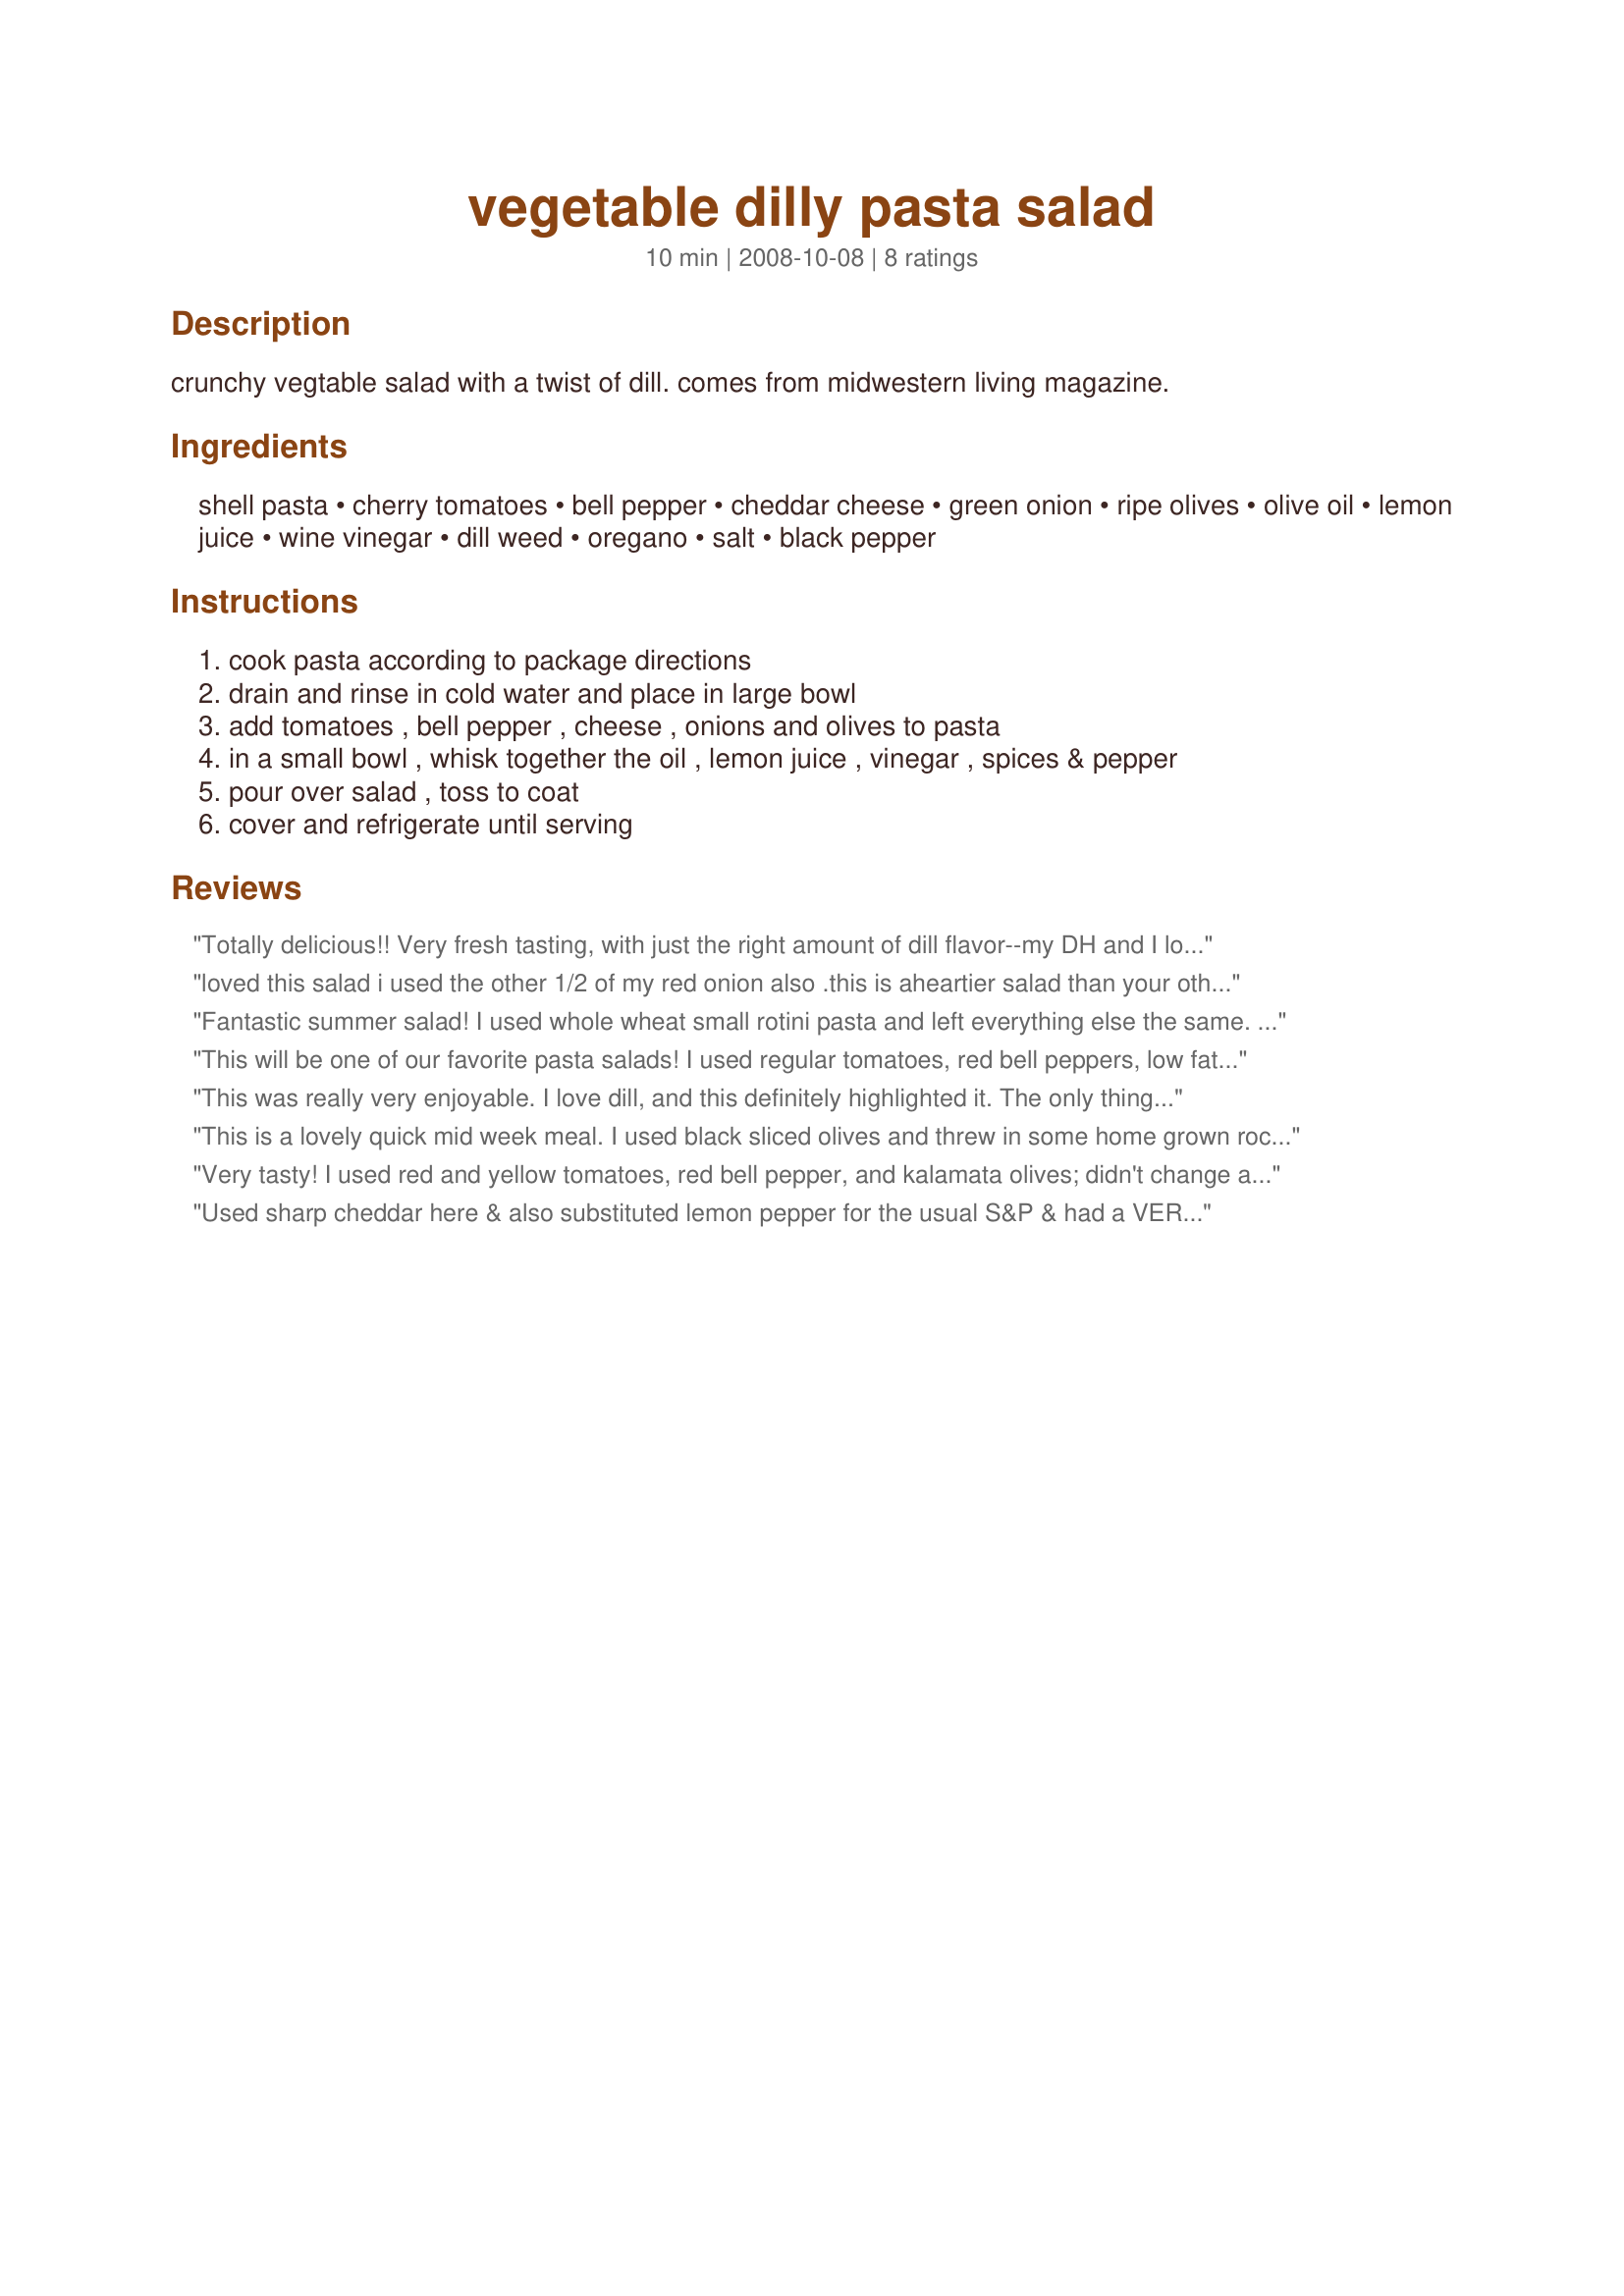
vegetable dilly pasta salad
Preparation time: 10 minutes

crunchy vegtable salad with a twist of dill. comes from midwestern living magazine.

Ingredients:
shell pasta, cherry tomatoes, bell pepper, cheddar cheese, green onion, ripe olives, olive oil, lemon juice, wine vinegar, dill weed, oregano, salt, black pepper

Steps:
cook pasta according to package directions
drain and rinse in cold water and place in large bowl
add tomatoes , bell pepper , cheese , onions and olives to pasta
in a small bowl , whisk together the oil , lemon juice , vinegar , spices & pepper
pour over salad , toss to coat
cover and refrigerate until serving

Reviews:
Totally delicious!! Very fresh tasting, with just the right amount of dill flavor--my DH and I loved this pasta salad! I scaled the recipe down to 2 servings; and used whole wheat elbow macaroni, red bell pepper, reduced-fat sharp cheddar cheese, kalamata olives, white vinegar, and lemon pepper. Perfect! I've been looking for recipes that include some of the seasonings we enjoy, but don't eat very often (like dill weed)--and this one is definitely a keeper! Thanks so much for sharing it, BakinBaby!! (Tagged, made, and reviewed for Healthy Choices ABC Game.)
loved this salad i used the other 1/2 of my red onion also .this is aheartier salad than your other one but still is good on these hot days i made enough pasta for both dishes so i only had to heat up the house once
Fantastic summer salad! I used whole wheat small rotini pasta and left everything else the same. I took it to a BBQ at the local airport on the 4th of July. The very weight-conscious skydivers loved it. I made it the night before and used only half the dressing, stirring & mixing well. After sitting in the refrigerator overnight, the dressing was absorbed by the pasta. I stirred in the rest, and it was magnifico! Thanks for sharing.
This will be one of our favorite pasta salads! I used regular tomatoes, red bell peppers, low fat cheese and left out the olives (we don't care for them). Loved the dill flavor. Will be making this one again. Made for PAC Spring 2011.
This was really very enjoyable. I love dill, and this definitely highlighted it. The only thing I did differently was to mix the dressing ingredients in the bottom of a large bowl first, then added all the other ingredients and folded it together. It definitely needs time to chill in the fridge to meld all those wonderful flavors. This one is a keeper. Made for My 3 Chefs.
This is a lovely quick mid week meal. I used black sliced olives and threw in some home grown rocket. I forgot the red pepper - it is still sitting diced up in the fridge - I am so cross with myself !!!
Very tasty! I used red and yellow tomatoes, red bell pepper, and kalamata olives; didn't change a thing except to mix it up the same way JackieOhNo did. Made this for Father's day dinner and it was enjoyed by all (mom thought it was a little vinegary but I thought it was perfect). Thanks for the recipe!
Used sharp cheddar here & also substituted lemon pepper for the usual S&P & had a VERY TASTY SALAD that went together so easily! Definitely a keeper! [Tagged, made & reviewed in 1-2-3 Hit Wonders]
